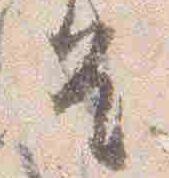
皇